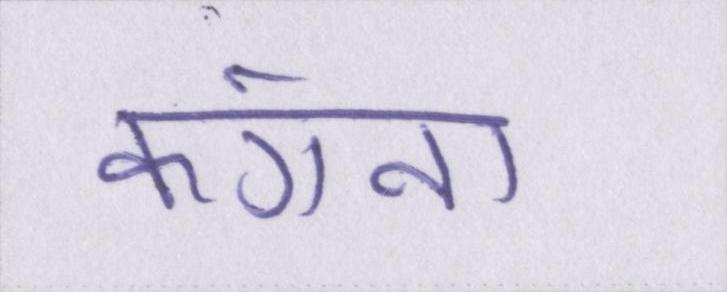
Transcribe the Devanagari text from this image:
कंगना